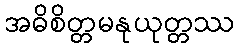
အဓိစိတ္တမနုယုတ္တဿ